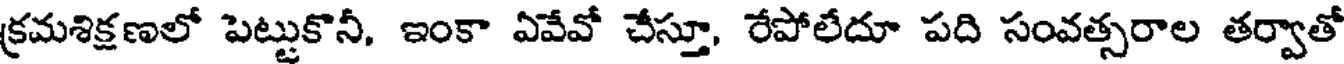
క్రమశిక్షణలో పెట్టుకొనీ, ఇంకా ఏవేవో చేస్తూ, రేపోలేదూ పది సంవత్సరాల తర్వాతో